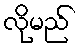
လိုမည်